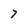
Character: 7